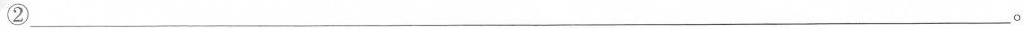
②___。